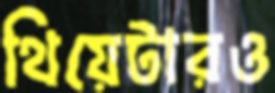
থিয়েটারও